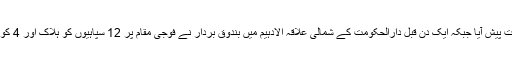
یہ واقعہ ایسے وقت پیش آیا جبکہ ایک دن قبل دارالحکومت کے شمالی علاقہ الادہیم میں بندوق بردار نے فوجی مقام پر 12 سپاہیوں کو ہلاک اور 4 کو زخمی کردیا تھا۔